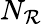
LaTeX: N_{\mathcal{R}}